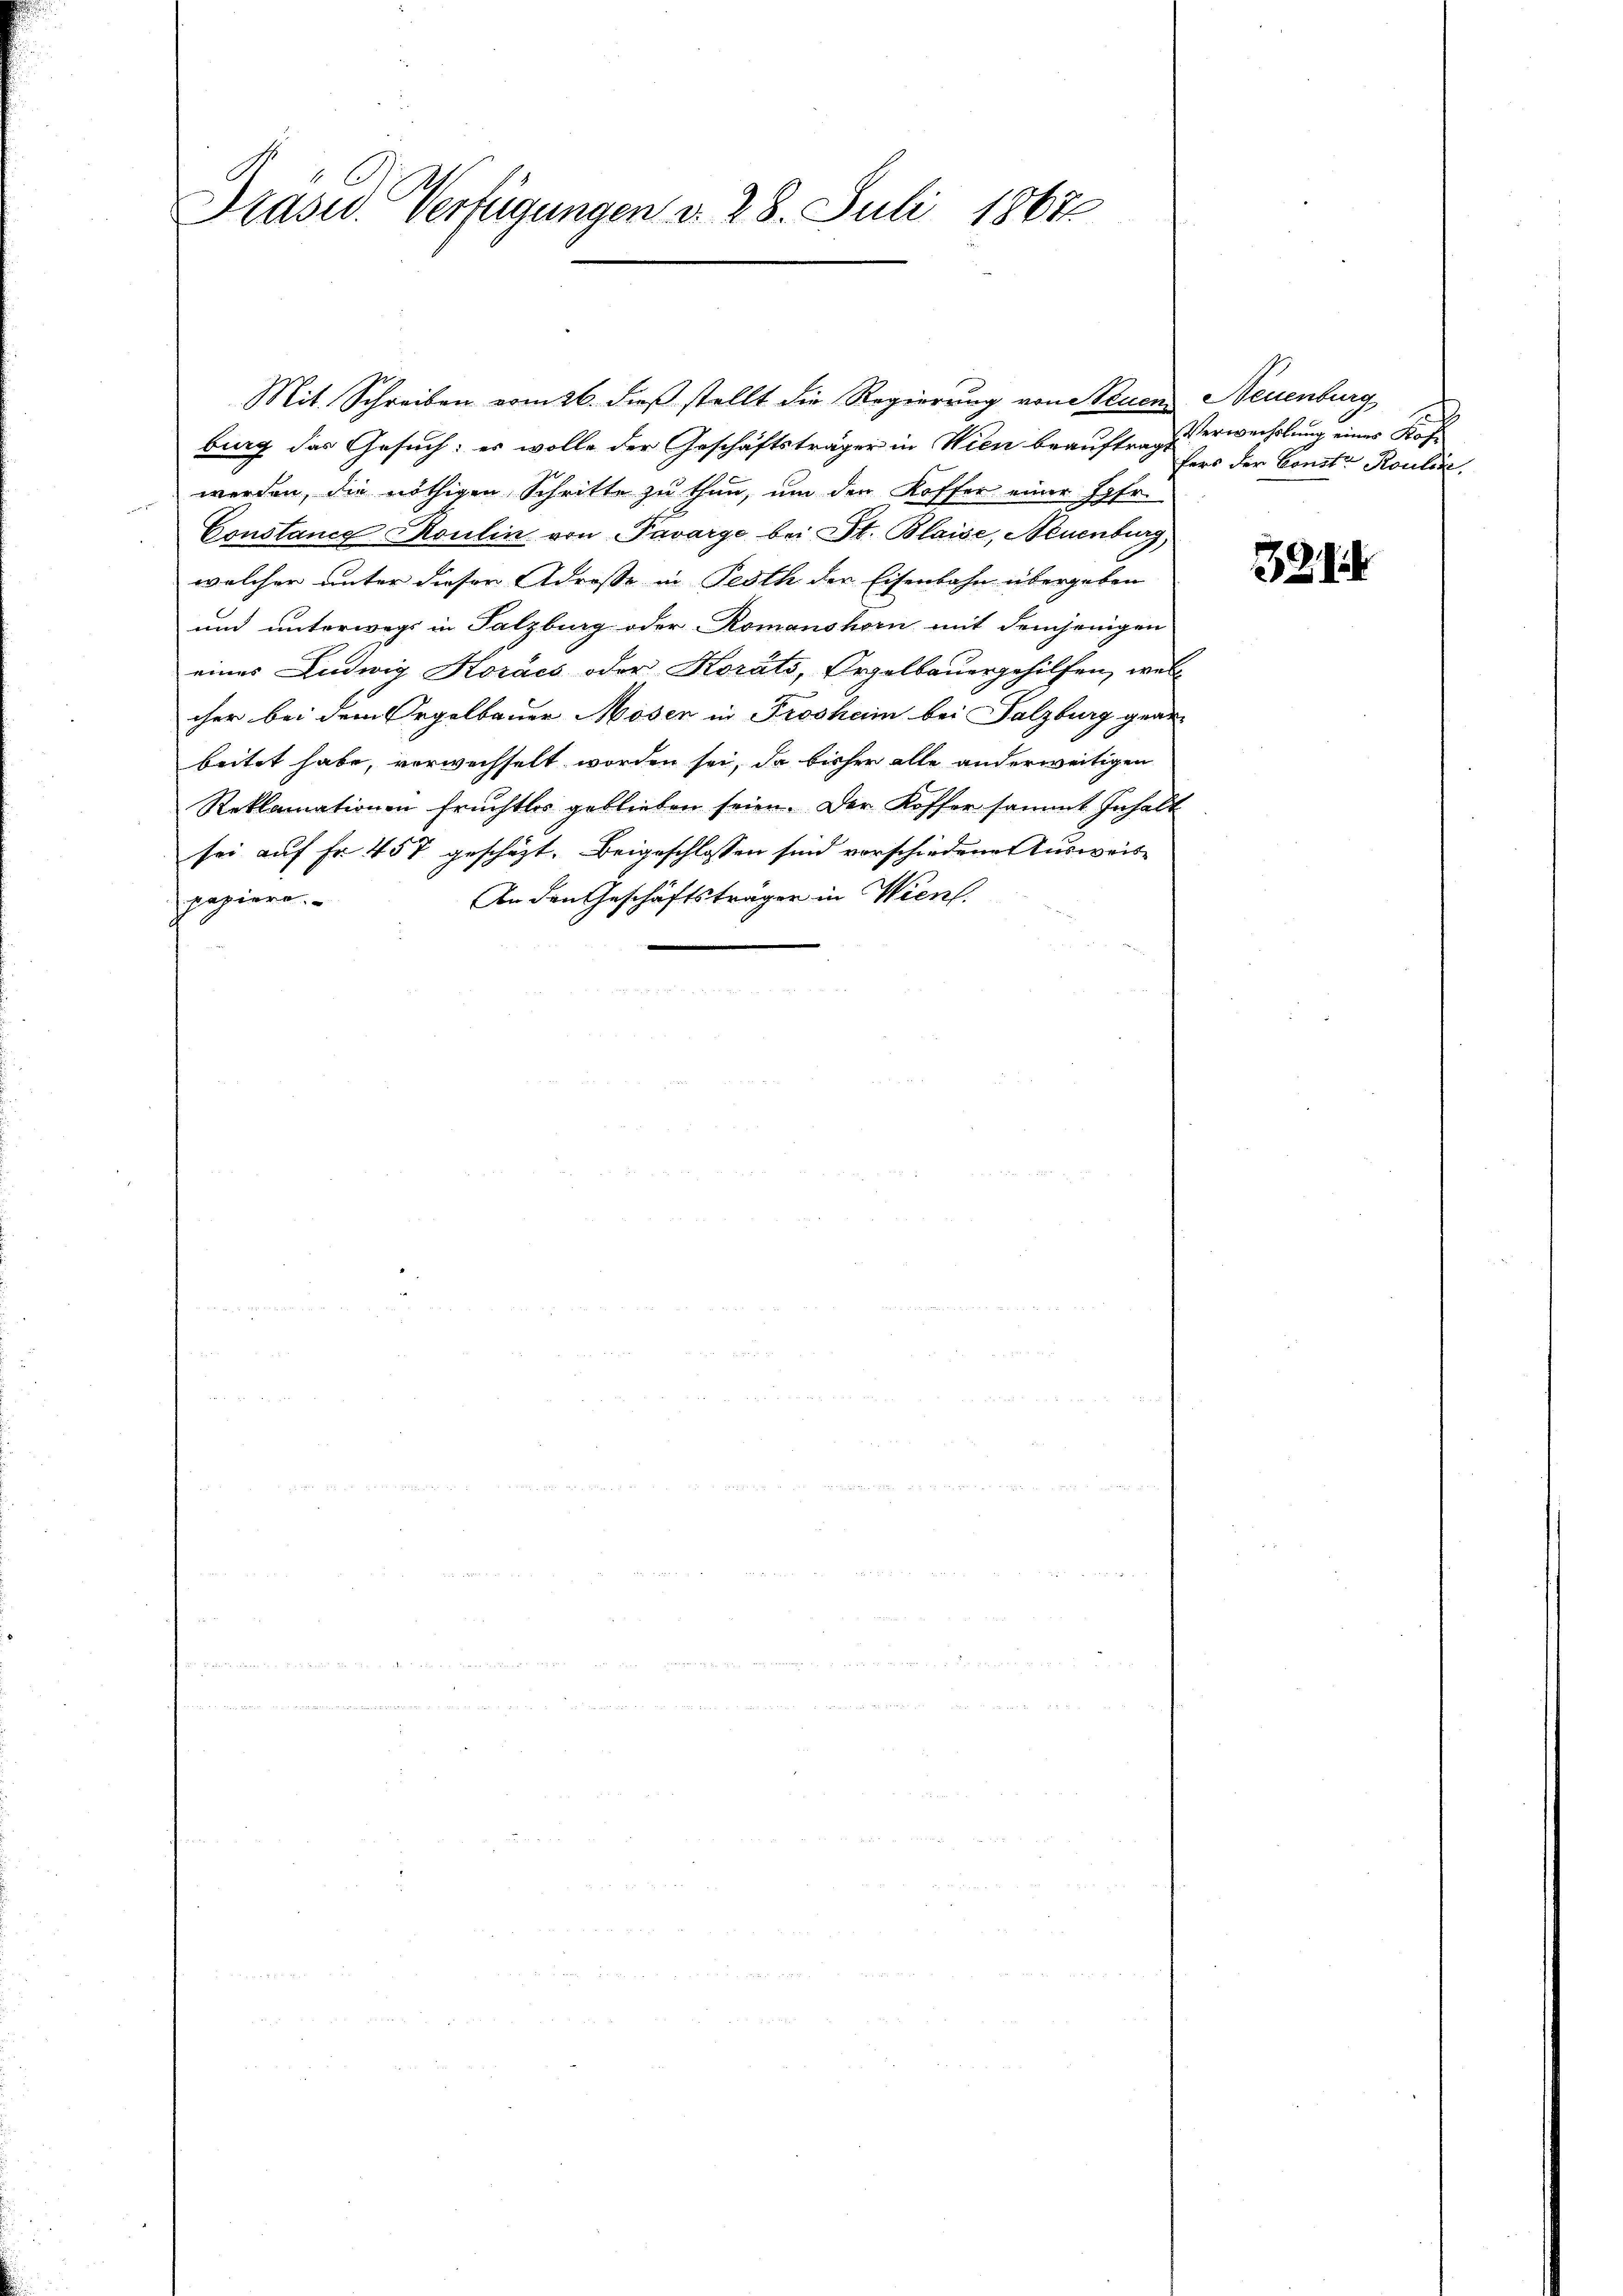
Praser. Verfügungen d. 28. Juli 1867

Mit Schreiben vom 26. dieß stellt die Regierung von Neuen Neuenburg
burg das Gesuch: es wolle der Geschäftsträger in Wien beauftragt
werden, die nöthigen Schritte zu thun, um den Koffer einer Jgfr.
Constance Roulin von Pavarge bei St. Blaise, Neuenburg,
welcher unter dieser Adresse in Festh der Eisenbahn übergeben
und unterwegs in Salzburg oder Romanshorn mit demjenigen
eines Ludwig Storács oder Korats, Orgelbauergehilfen, welc
cher bei dem Orgelbauer Moser in Froshain bei Salzburg gear-
beitet habe, verwechselt worden sei, da bisher alle anderweitigen
Reklamationen fruchtlos geblieben seien. Der Koffer sammt Inhalt
sei auf Fr. 457 geschäzt. Beigeschlossen sind vorschiedene Ausweis-
An den Geschäftsträger in Wien.
papiere.

d
Verwechslung einer Kraf
ters der Const Rouline,

3